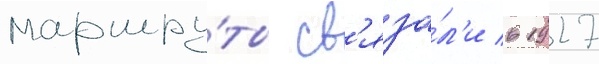
маршру́ты св'яза́л'и в 1927